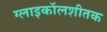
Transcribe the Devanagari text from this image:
ग्लाइकॉलशीतक